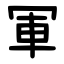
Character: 軍